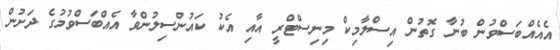
އެއެއްބަސްވުން ބުނާ ގޮތުން އިސްލާމިކް މިނިސްޓްރީ އާއި އެކު ކައުންސިލުންވާ އެއްބަސްވުމުގެ ދަށުން